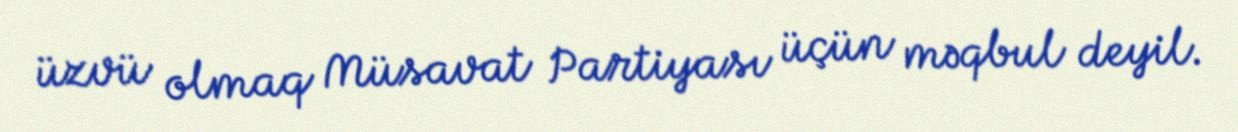
üzvü olmaq Müsavat Partiyası üçün məqbul deyil.